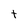
Character: t